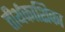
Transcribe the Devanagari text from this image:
तीर्थकाशिका